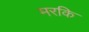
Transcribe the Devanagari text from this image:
मरकि